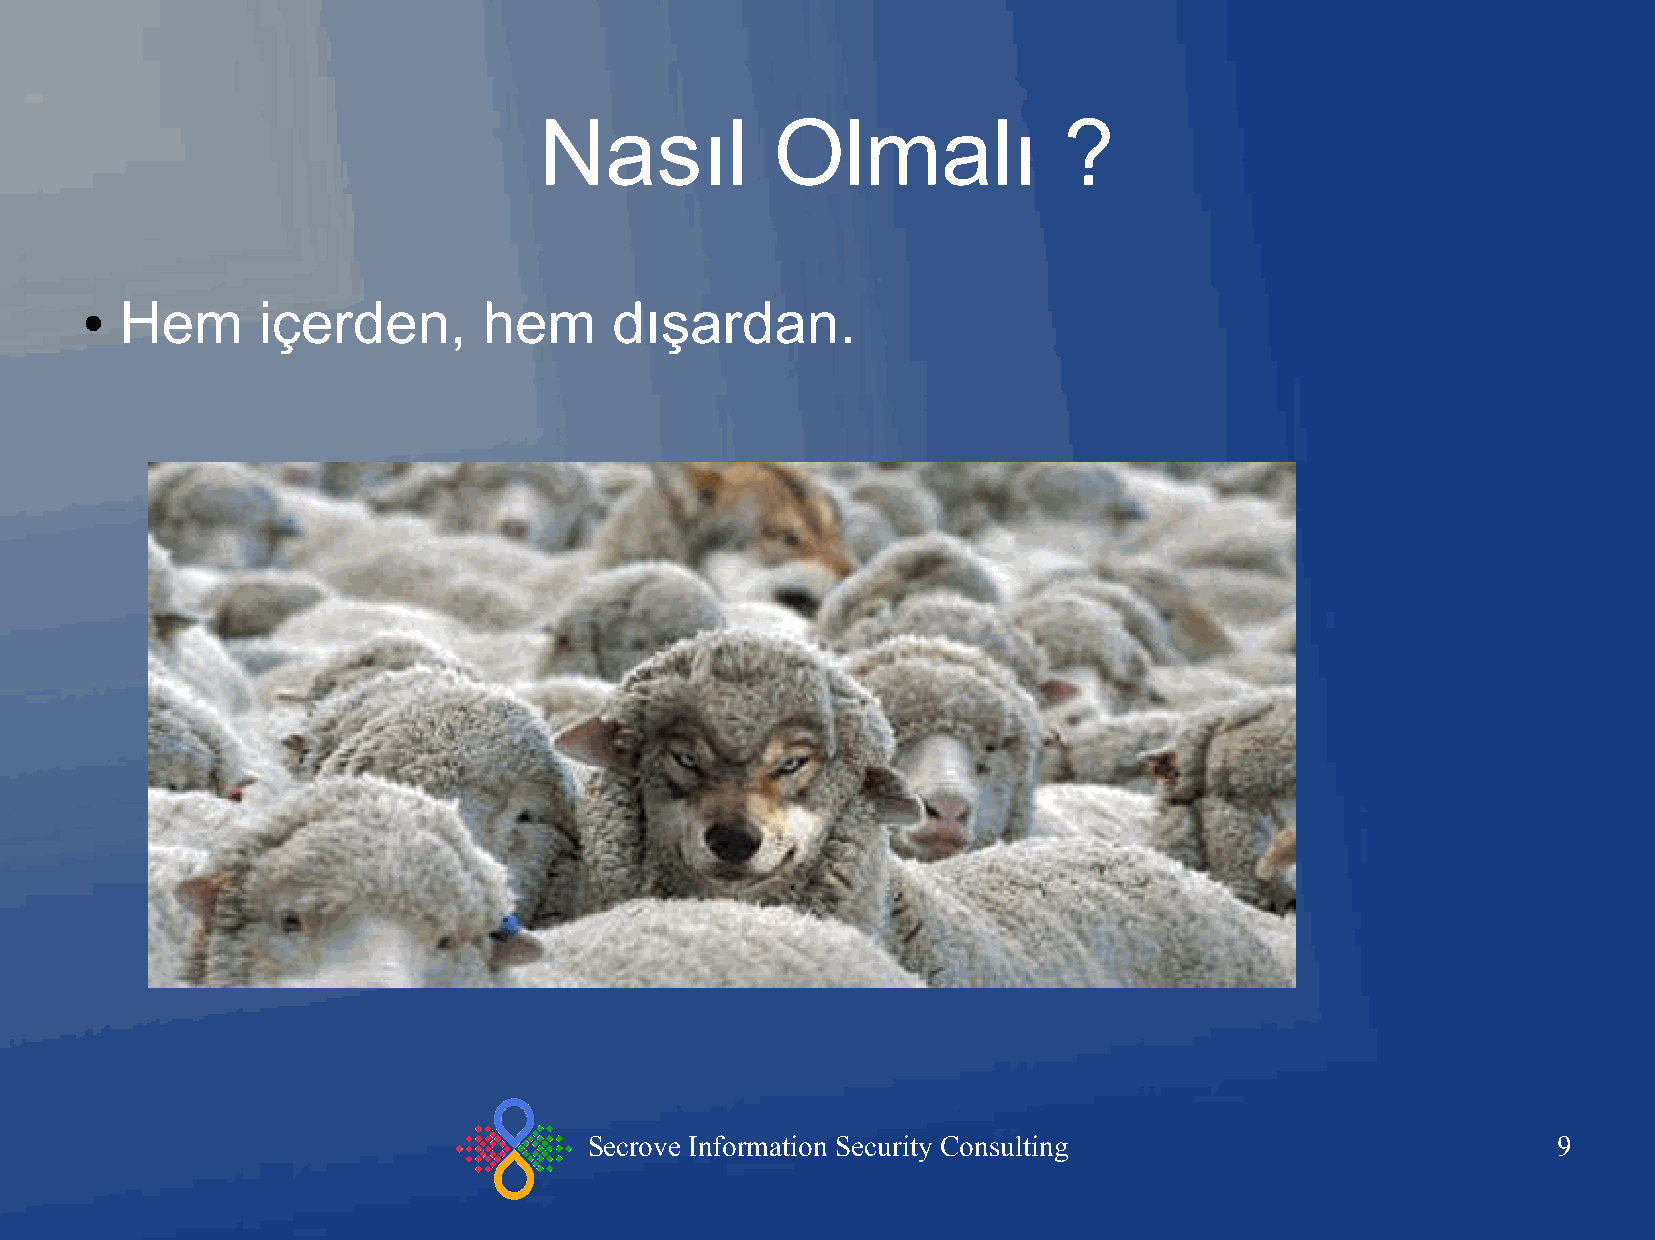
Nasıl          Olmalı             ?
 Hem      içerden,       hem      dışardan.
 ●
 Secrove Information Security Consulting                         9